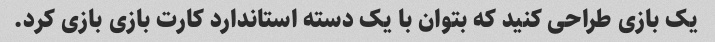
یک بازی طراحی کنید که بتوان با یک دسته استاندارد کارت بازی بازی کرد.